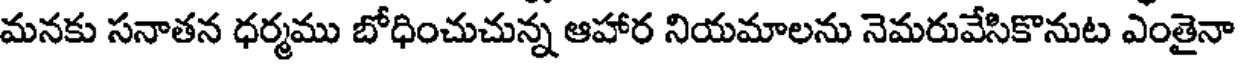
మనకు సనాతన ధర్మము బోధించుచున్న ఆహార నియమాలను నెమరువేసికొనుట ఎంతైనా